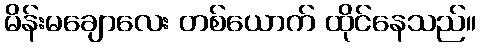
မိန်းမချောလေး တစ်ယောက် ထိုင်နေသည်။